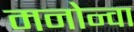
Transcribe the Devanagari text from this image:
मनोन्वा